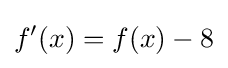
f'(x)=f(x)-8